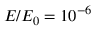
E / E _ { 0 } = 1 0 ^ { - 6 }